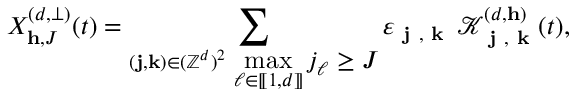
X _ { \mathbf { h } , J } ^ { ( d , \bot ) } ( t ) = \sum _ { \substack { ( \mathbf { j } , \mathbf { k } ) \in ( \mathbb { Z } ^ { d } ) ^ { 2 } \, \displaystyle \operatorname* { m a x } _ { \ell \in [ \! [ 1 , d ] \! ] } j _ { \ell } \geq J } } \varepsilon _ { \textbf { j } , \textbf { k } } \, \mathcal { K } _ { \textbf { j } , \textbf { k } } ^ { ( d , \mathbf { h } ) } ( t ) ,